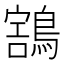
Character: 𪃜